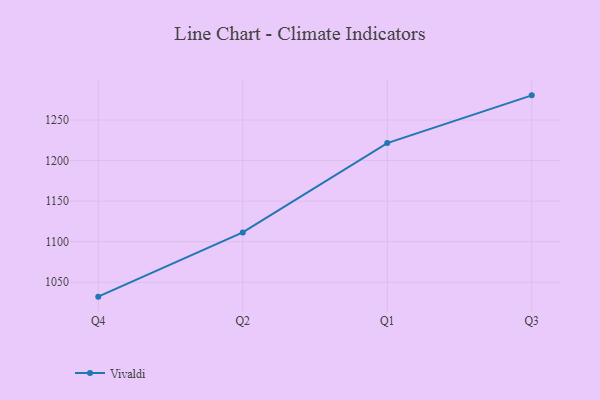
{"axis": {"x": "Quarter", "y": "Shipments"}, "legend": ["Vivaldi"], "data": [{"x": "Q4", "y": 1032.3, "type": "Vivaldi"}, {"x": "Q2", "y": 1111.5, "type": "Vivaldi"}, {"x": "Q1", "y": 1221.6, "type": "Vivaldi"}, {"x": "Q3", "y": 1280.4, "type": "Vivaldi"}]}